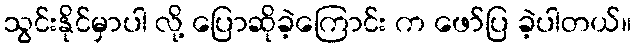
သွင်းနိုင်မှာပါ လို့ ပြောဆိုခဲ့ကြောင်း က ဖော်ပြ ခဲ့ပါတယ်။